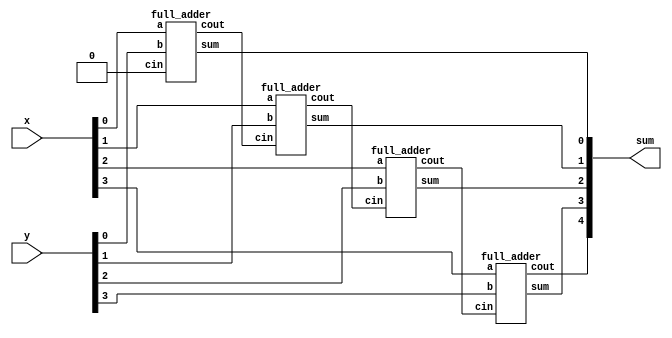
module top_module (
    input [3:0] x,
    input [3:0] y, 
    output [4:0] sum);

    wire cout_1, cout_2, cout_3;
    
    full_adder adder_1 (.a(x[0]),
                        .b(y[0]),
                        .cin(1'b0),
                        .cout(cout_1),
                        .sum(sum[0]));
                        
    full_adder adder_2 (.a(x[1]),
                        .b(y[1]),
                        .cin(cout_1),
                        .cout(cout_2),
                        .sum(sum[1]));
                        
    full_adder adder_3 (.a(x[2]),
                        .b(y[2]),
                        .cin(cout_2),
                        .cout(cout_3),
                        .sum(sum[2]));
                        
    full_adder adder_4 (.a(x[3]),
                        .b(y[3]),
                        .cin(cout_3),
                        .cout(sum[4]),
                        .sum(sum[3]));
    
    
endmodule

module full_adder( 
    input a, b, cin,
    output cout, sum );

	assign sum = a^b^cin;
    assign cout = ((a^b)&cin) | (a&b);
    
endmodule